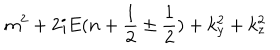
m ^ { 2 } + 2 i E ( n + { \frac { 1 } { 2 } } \pm { \frac { 1 } { 2 } } ) + k _ { y } ^ { 2 } + k _ { z } ^ { 2 }